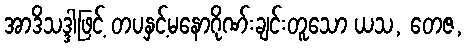
အာဒိသဒ္ဒါဖြင့် တပနှင့်မနောဂိုဏ်းချင်းတူသော ယသ, တေဇ,